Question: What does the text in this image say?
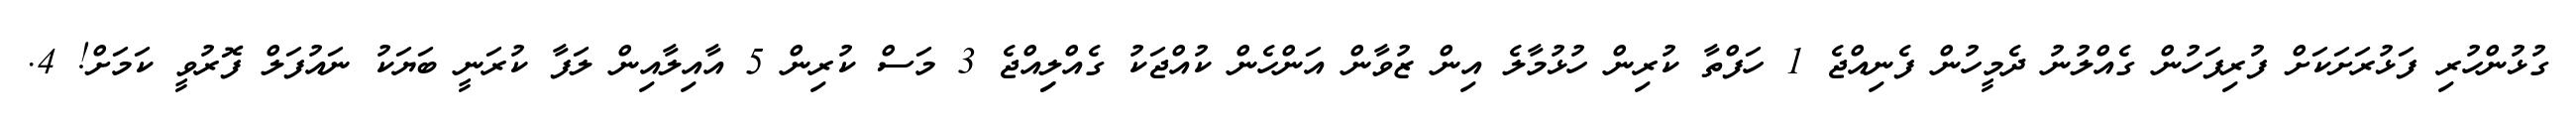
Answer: ގުޅުންހުރި ފަޅުރަށަކަށް ފުރިފަހުން ގެއްލުނު ދެމީހުން ފެނިއްޖެ 1 ހަފްތާ ކުރިން ހުޅުމާލެ އިން ޒުވާން އަންހެން ކުއްޖަކު ގެއްލިިއްޖެ 3 މަސް ކުރިން 5 އާއިލާއިން ލަފާ ކުރަނީ ބަޔަކު ނައުފަލް ފޮރުވީ ކަމަށް! 4.